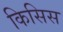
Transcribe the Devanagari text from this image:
किसिस